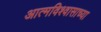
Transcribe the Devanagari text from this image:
आत्मविश्वासाच्या